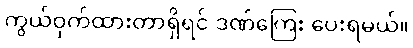
ကွယ်ဝှက်ထားတာရှိရင် ဒဏ်ကြေး ပေးရမယ်။